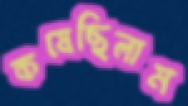
কষেছিলাম